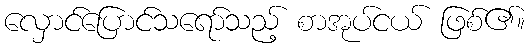
လှောင်ပြောင်သရော်သည့် စာအုပ်ငယ် ဖြစ်၏။